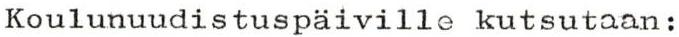
Koulunuudistuspäiville kutsutaan: